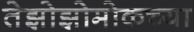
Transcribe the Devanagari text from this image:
तेझोझोमोकच्या